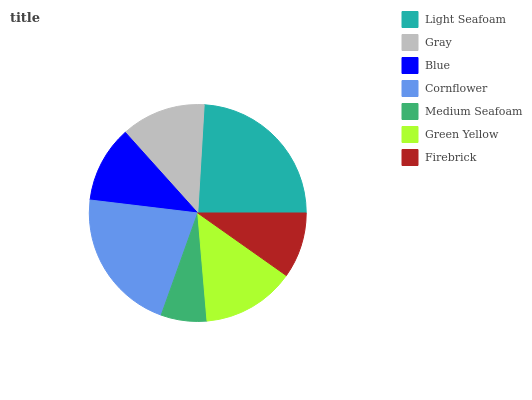
| Light Seafoam | Gray | Blue | Cornflower | Medium Seafoam | Green Yellow | Firebrick |
 | --- | --- | --- | --- | --- | --- | --- |
 | 24% | 12.6% | 11.4% | 21.5% | 6.83% | 13.9% | 9.79% |